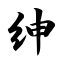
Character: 绅